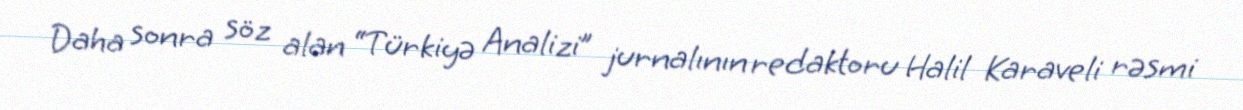
Daha sonra söz alan “Türkiyə Analizi” jurnalının redaktoru Halil Karaveli rəsmi